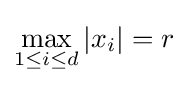
\max _{1\leq i\leq d}|x_{i}|=r